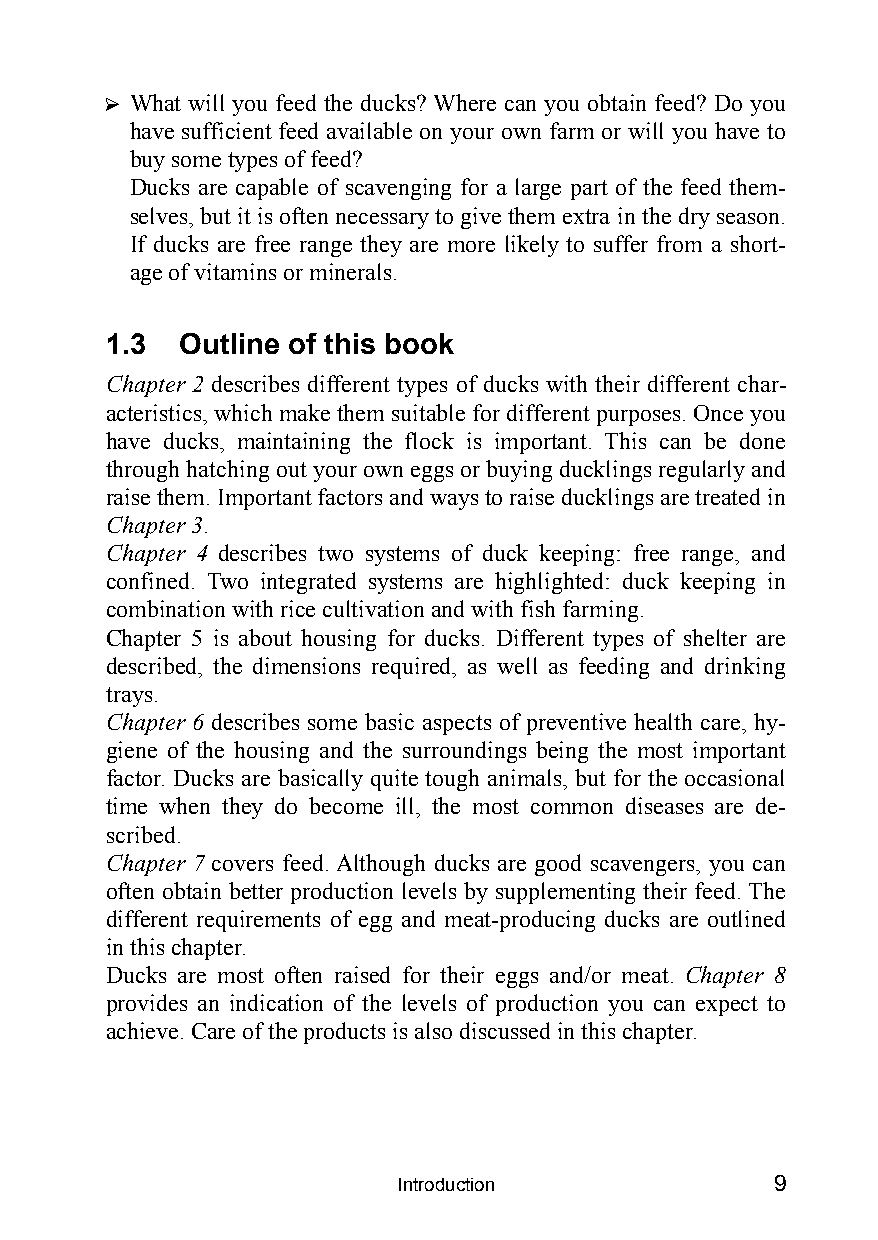
? What will you feed the ducks? Where can you obtain feed? Do you
 have sufficient feed available on your own farm or will you have to
 buy some types of feed?
 Ducks are capable of scavenging for a large part of the feed them-
 selves, but it is often necessary to give them extra in the dry season.
 If ducks are free range they are more likely to suffer from a short-
 age of vitamins or minerals.
 1.3  Outline of this book
 Chapter 2 describes different types of ducks with their different char-
 acteristics, which make them suitable for different purposes. Once you
 have ducks, maintaining the flock is important. This can be done
 through hatching out your own eggs or buying ducklings regularly and
 raise them. Important factors and ways to raise ducklings are treated in
 Chapter 3.
 Chapter 4 describes two systems of duck keeping: free range, and
 confined. Two integrated systems are highlighted: duck keeping in
 combination with rice cultivation and with fish farming.
 Chapter 5 is about housing for ducks. Different types of shelter are
 described, the dimensions required, as well as feeding and drinking
 trays.
 Chapter 6 describes some basic aspects of preventive health care, hy-
 giene of the housing and the surroundings being the most important
 factor. Ducks are basically quite tough animals, but for the occasional
 time when they do become ill, the most common diseases are de-
 scribed.
 Chapter 7 covers feed. Although ducks are good scavengers, you can
 often obtain better production levels by supplementing their feed. The
 different requirements of egg and meat-producing ducks are outlined
 in this chapter.
 Ducks are most often raised for their eggs and/or meat. Chapter 8
 provides an indication of the levels of production you can expect to
 achieve. Care of the products is also discussed in this chapter.
 Introduction             9